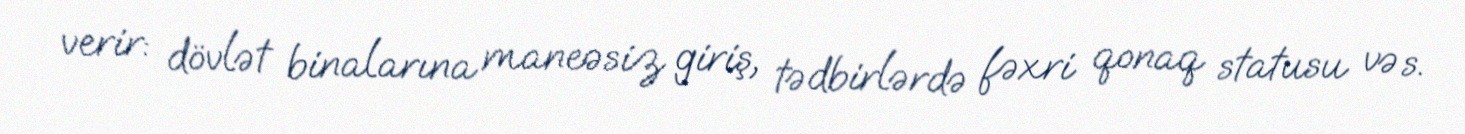
verir: dövlət binalarına maneəsiz giriş, tədbirlərdə fəxri qonaq statusu və s.